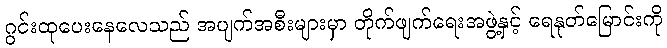
ဂွင်းထုပေးနေလေသည် အပျက်အစီးများမှာ တိုက်ဖျက်ရေးအဖွဲ့နှင့် ရေနုတ်မြောင်းကို